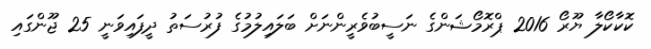
ކޮކާކޯލާ ޔޫރޯ 2016 ޕްރޮމޯޝަންގެ ނަސީބުވެރީންނަށް ބަލައިލުމުގެ ފުރުސަތު ދީފައިވަނީ 25 ޖޫންގައި